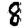
Digit: 8